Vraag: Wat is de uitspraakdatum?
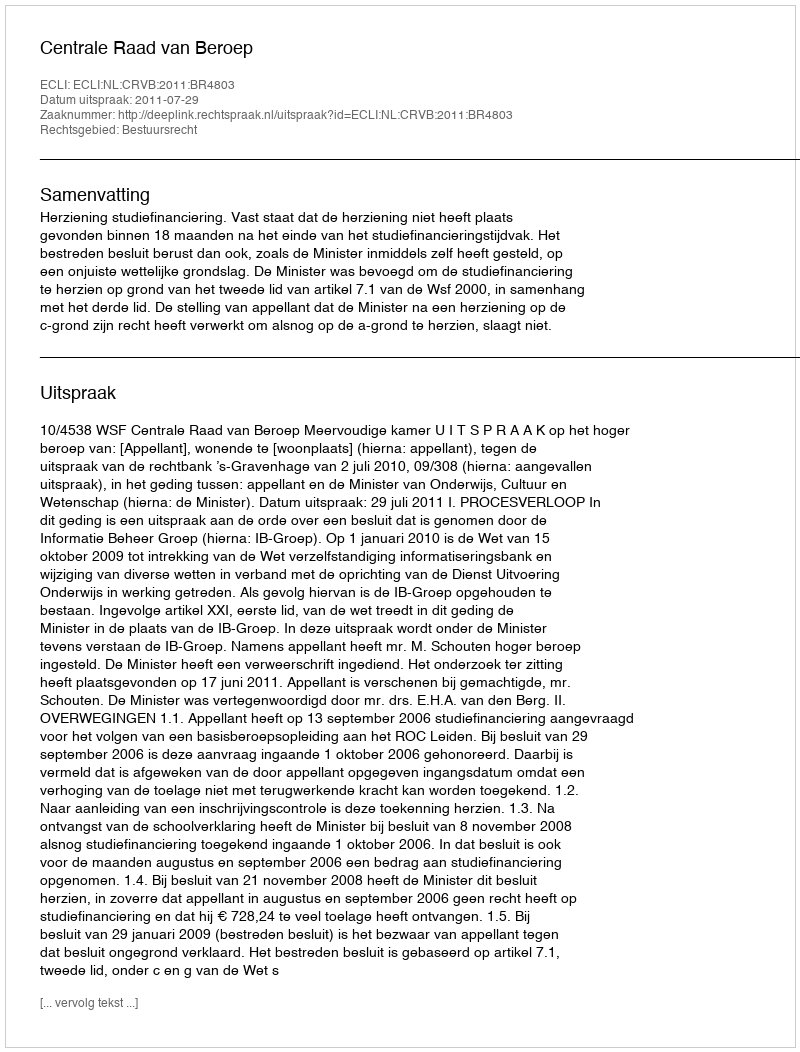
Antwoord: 2011-07-29